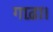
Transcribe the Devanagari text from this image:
गाढ़ा।